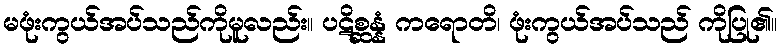
မဖုံးကွယ်အပ်သည်ကိုမူလည်း။ ပဋိစ္ဆန္နံ ကရောတိ၊ ဖုံးကွယ်အပ်သည် ကိုပြု၏။